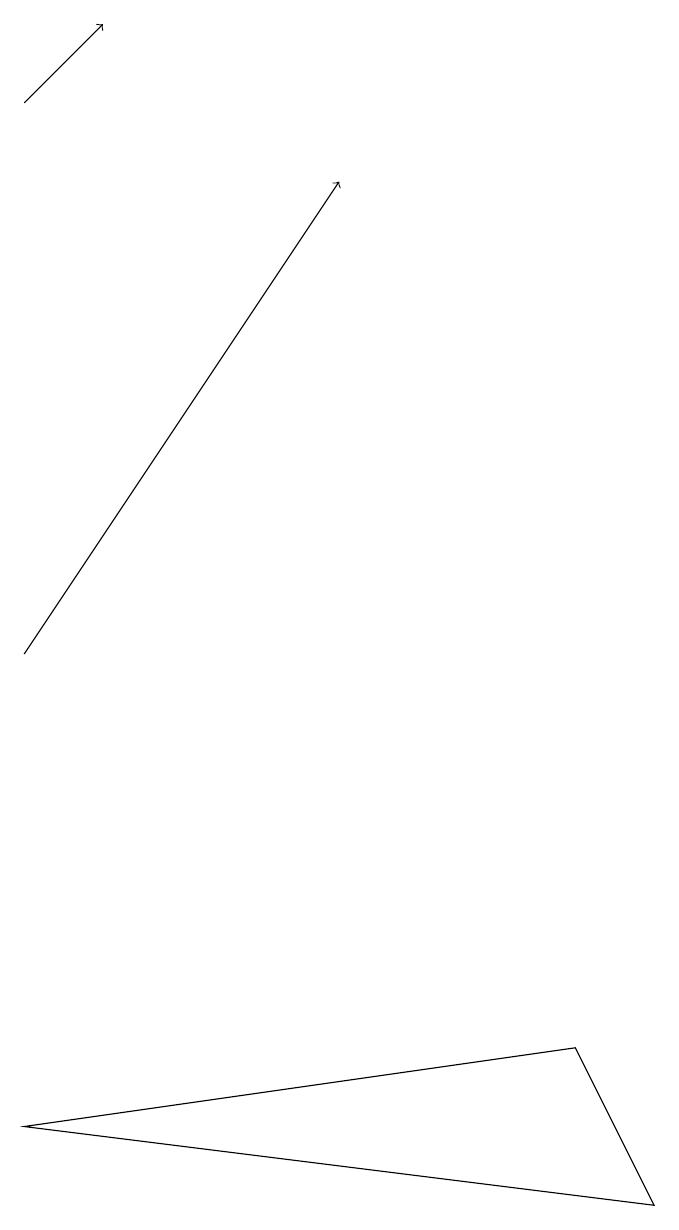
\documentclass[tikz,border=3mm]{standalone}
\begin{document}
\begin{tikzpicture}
\draw[->] (0,17) -- (1,18);
\draw (7,5) -- (8,3) -- (0,4) -- cycle;
\draw[->] (0,10) -- (4,16);
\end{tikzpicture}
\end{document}